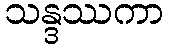
သန္ဒဿကာ